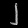
Digit: ၂